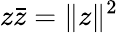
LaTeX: z{\bar{z}}=\| z\| ^{2}